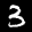
Label: 3